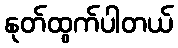
နုတ်ထွက်ပါတယ်